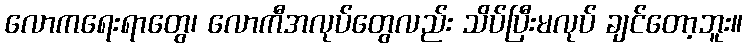
လောကရေးရာတွေ၊ လောကီအလုပ်တွေလည်း သိပ်ပြီးမလုပ် ချင်တော့ဘူး။